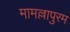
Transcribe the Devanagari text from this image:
मामल्लापुरम